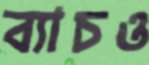
ব্যাচও